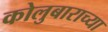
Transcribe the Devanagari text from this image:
कोलुबाराच्या